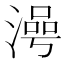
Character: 𣻵